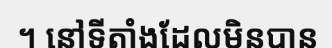
។ នៅទីតាំងដែលមិនបាន